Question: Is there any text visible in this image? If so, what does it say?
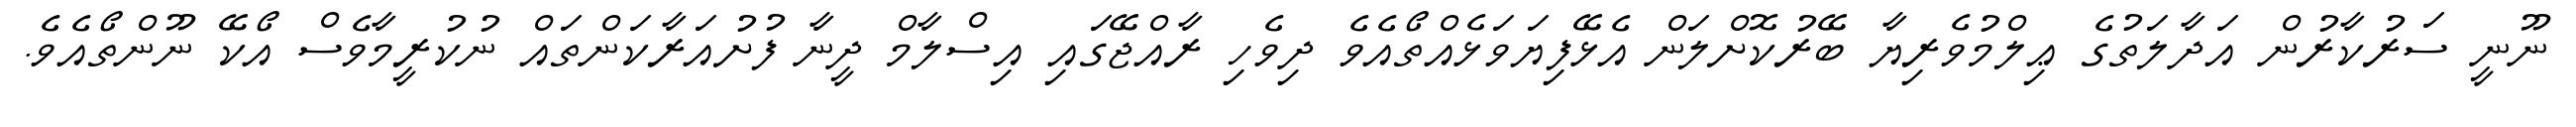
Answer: ނޫނީ ސަރުކާރުން އަދާލަތުގެ ޢިލްމުވެރިޔާ ބޭރުކޮށްލަން އެޅޭފިޔަވަޅެއްތޯއެވެ ދިވެހި ރާއްޖޭގައި އިސްލާމް ދީނާ ފުށުއަރާކަންތައް ނުކުރީމާވެސް އޯކޭ ނޫންތޯއެވެ.